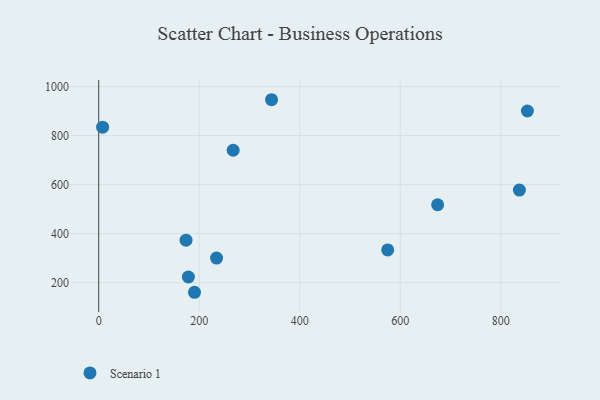
{"axis": {"x": "Study Hours", "y": "Profit"}, "legend": ["Scenario 1"], "data": [{"x": "837.2", "y": 577.7, "type": "Scenario 1"}, {"x": "575.1", "y": 333.6, "type": "Scenario 1"}, {"x": "173.8", "y": 373.5, "type": "Scenario 1"}, {"x": "178.5", "y": 223.2, "type": "Scenario 1"}, {"x": "674.5", "y": 517.8, "type": "Scenario 1"}, {"x": "7.8", "y": 834.1, "type": "Scenario 1"}, {"x": "853.1", "y": 900.0, "type": "Scenario 1"}, {"x": "344.0", "y": 945.9, "type": "Scenario 1"}, {"x": "190.6", "y": 161.0, "type": "Scenario 1"}, {"x": "267.6", "y": 740.0, "type": "Scenario 1"}, {"x": "234.5", "y": 300.4, "type": "Scenario 1"}]}